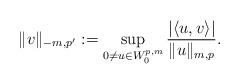
LaTeX: \begin{align*}\|v\|_{-m,p'}:=\sup_{0\not=u\in W^{p,m}_0}\frac{|\langle u,v\rangle|}{\|u\|_{m,p}}.\end{align*}